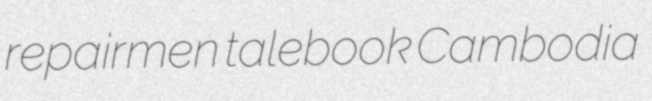
repairmen talebook Cambodia